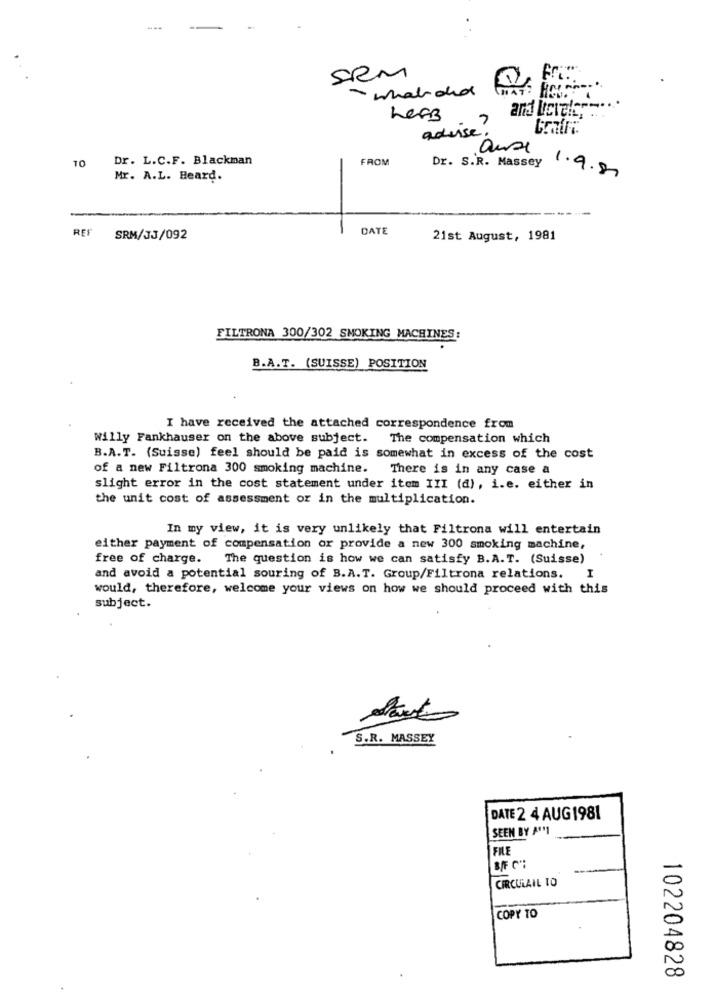
---
SRM
- whatdid
Less
7
advise
anse
Dr. L.C.F. Blackman
FROM
Dr. S.R. Massey
10
Mr. A.L. Heard.
1.9.81
DATE
REF SRM/JJ/092
21st August, 1981
FILTRONA 300/302 SMOKING MACHINES:
B.A.T. (SUISSE) POSITION
I have received the attached correspondence from
Willy Fankhauser on the above subject. The compensation which
B.A.T. (Suisse) feel should be paid is somewhat in excess of the cost
of a new Filtrona 300 smoking machine. There is in any case a
slight error in the cost statement under item III (d), i.e. either in
the unit cost of assessment or in the multiplication.
In my view, it is very unlikely that Filtrona will entertain
either payment of compensation or provide a new 300 smoking machine,
free of charge. The question is how we can satisfy B.A.T. (Suisse)
and avoid a potential souring of B.A.T. Group/Filtrona relations.
I
would, therefore, welcome your views on how we should proceed with this
subject.
S.R. MASSEY
DATE 2 4 AUG 1981
SEEN BY A''1
FILE
BIF C":
CIRCULAIL TO
COPY TO
102204828